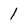
Character: 1